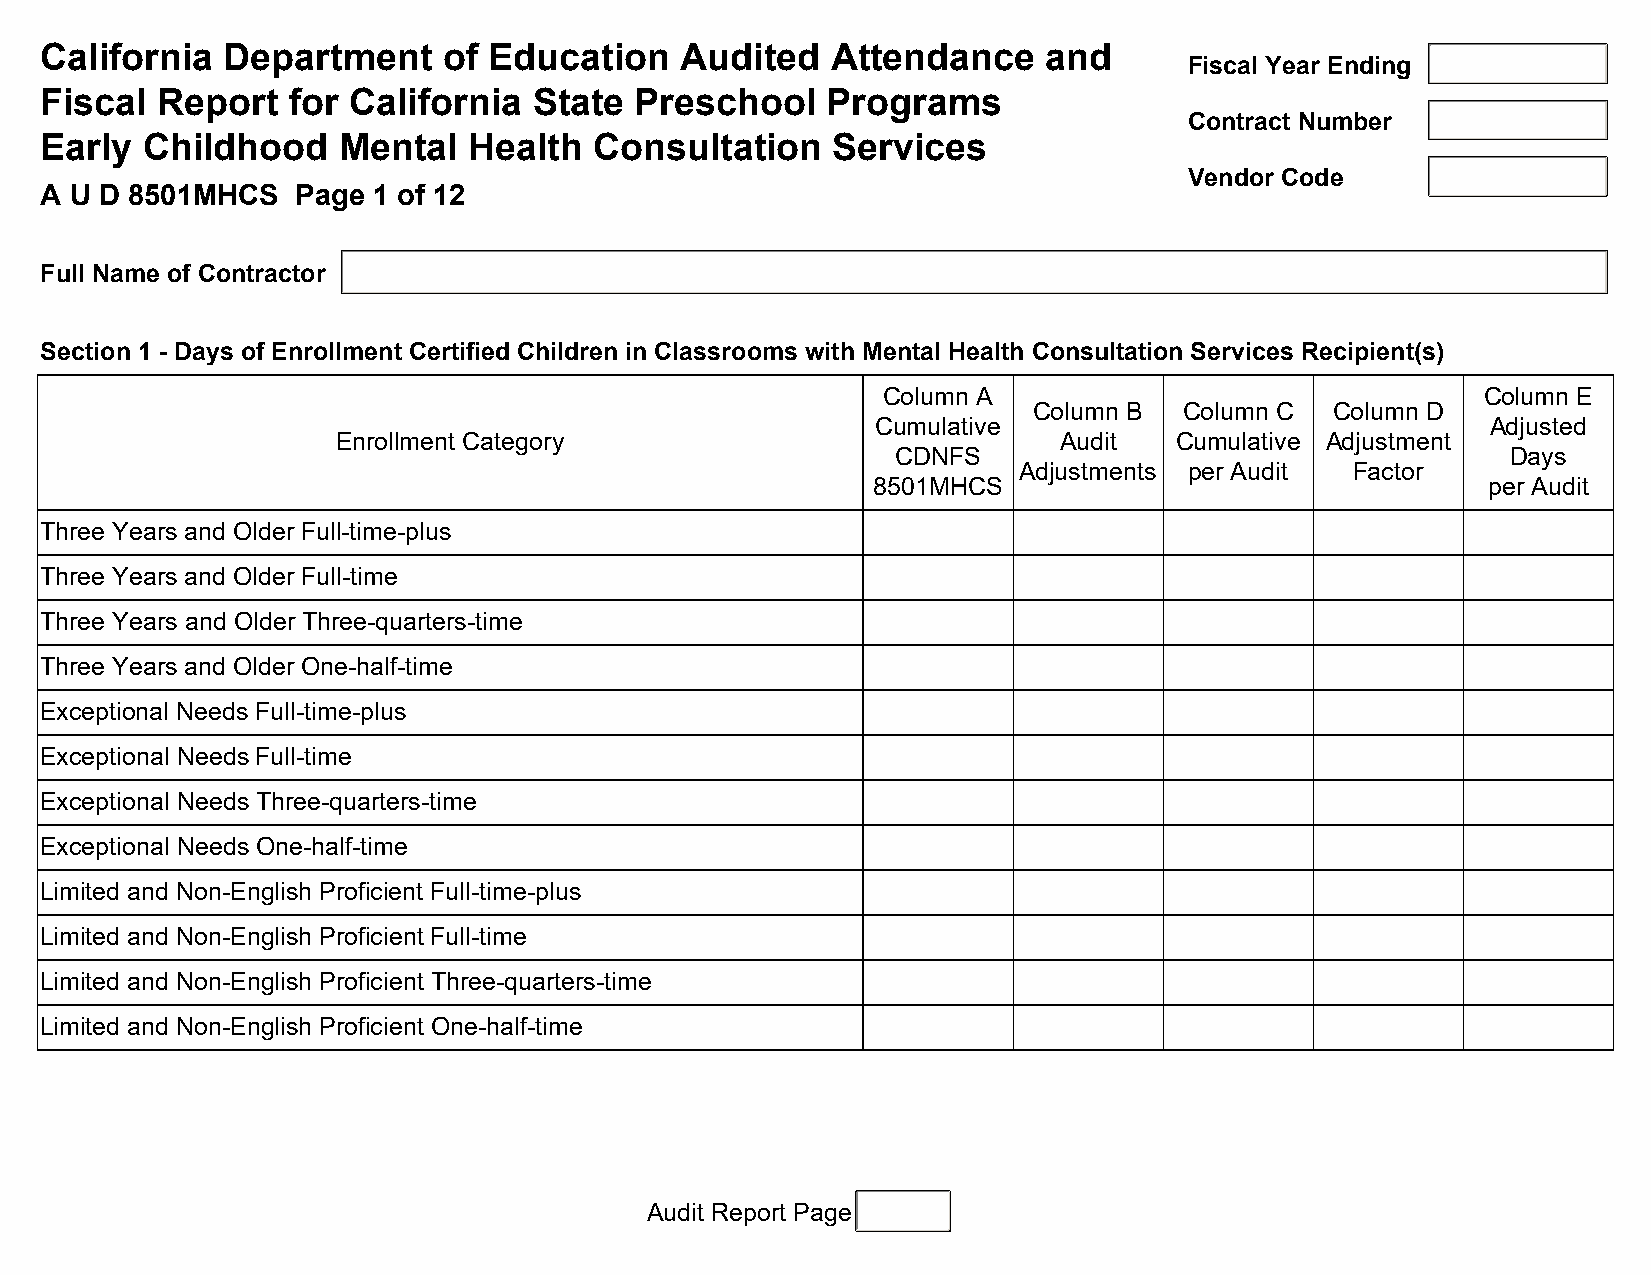
California  Department    of Education    Audited   Attendance    and
 Fiscal Year Ending
 Fiscal Report   for California  State  Preschool    Programs
 Contract Number
 Early Childhood    Mental   Health  Consultation    Services
 Vendor Code
 A U D 8501MHCS   Page 1 of 12
 Full Name of Contractor
 Section 1 - Days of Enrollment Certified Children in Classrooms with Mental Health Consultation Services Recipient(s)
 Column A                                Column E
 Column B  Column C  Column D
 Cumulative                               Adjusted
 Enrollment Category                             Audit   Cumulative Adjustment
 CDNFS                                    Days
 Adjustments per Audit  Factor
 8501MHCS                                per Audit
 Three Years and Older Full-time-plus
 Three Years and Older Full-time
 Three Years and Older Three-quarters-time
 Three Years and Older One-half-time
 Exceptional Needs Full-time-plus
 Exceptional Needs Full-time
 Exceptional Needs Three-quarters-time
 Exceptional Needs One-half-time
 Limited and Non-English Proficient Full-time-plus
 Limited and Non-English Proficient Full-time
 Limited and Non-English Proficient Three-quarters-time
 Limited and Non-English Proficient One-half-time
 Audit Report Page